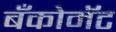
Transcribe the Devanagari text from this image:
बँकोमॅट